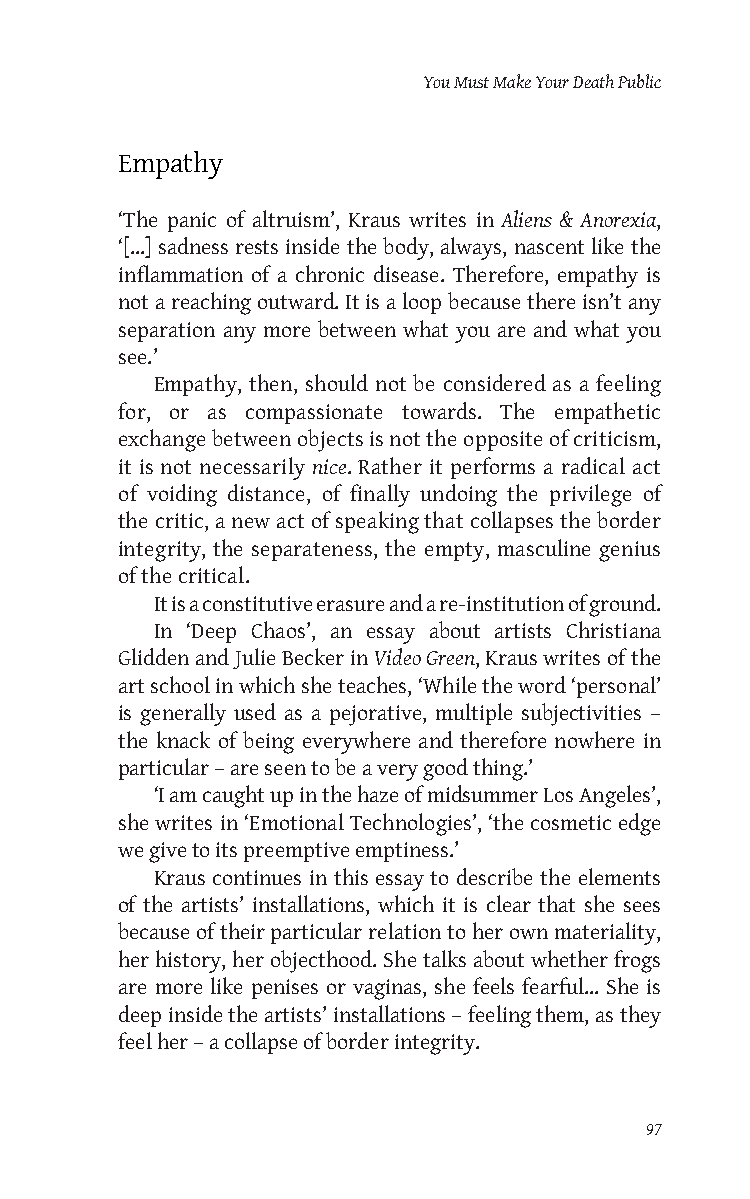
You Must Make Your Death Public
 Empathy
 ‘The panic of altruism’, Kraus writes in Aliens & Anorexia,
 ‘[...] sadness rests inside the body, always, nascent like the
 inflammation of a chronic disease. Therefore, empathy is
 not a reaching outward. It is a loop because there isn’t any
 separation any more between what you are and what you
 see.’
 Empathy, then, should not be considered as a feeling
 for, or as compassionate towards. The empathetic
 exchange between objects is not the opposite of criticism,
 it is not necessarily nice. Rather it performs a radical act
 of voiding distance, of finally undoing the privilege of
 the critic, a new act of speaking that collapses the border
 integrity, the separateness, the empty, masculine genius
 of the critical.
 It is a constitutive erasure and a re-institution of ground.
 In ‘Deep Chaos’, an essay about artists Christiana
 Glidden and Julie Becker in Video Green, Kraus writes of the
 art school in which she teaches, ‘While the word ‘personal’
 is generally used as a pejorative, multiple subjectivities –
 the knack of being everywhere and therefore nowhere in
 particular – are seen to be a very good thing.’
 ‘I am caught up in the haze of midsummer Los Angeles’,
 she writes in ‘Emotional Technologies’, ‘the cosmetic edge
 we give to its preemptive emptiness.’
 Kraus continues in this essay to describe the elements
 of the artists’ installations, which it is clear that she sees
 because of their particular relation to her own materiality,
 her history, her objecthood. She talks about whether frogs
 are more like penises or vaginas, she feels fearful... She is
 deep inside the artists’ installations – feeling them, as they
 feel her – a collapse of border integrity.
 97